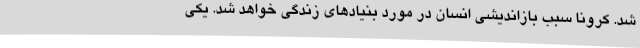
شد. کرونا سبب بازاندیشی انسان در مورد بنیادهای زندگی خواهد شد. یکی